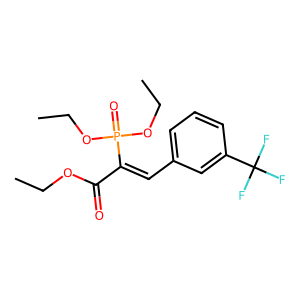
SMILES: CCOC(=O)C(=Cc1cccc(C(F)(F)F)c1)P(=O)(OCC)OCC
Inhibits HIV replication: No